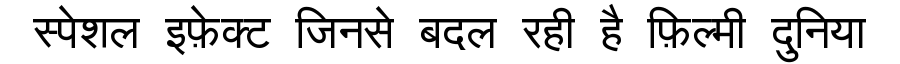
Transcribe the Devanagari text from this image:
स्पेशल इफ़ेक्ट जिनसे बदल रही है फ़िल्मी दुनिया